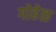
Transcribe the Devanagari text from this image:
गोहेळ